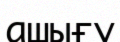
ашығу